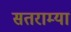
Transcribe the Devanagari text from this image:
सतराम्या